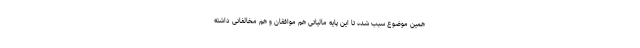
همین موضوع سبب شده تا این پایه مالیاتی هم موافقان و هم مخالفانی داشته